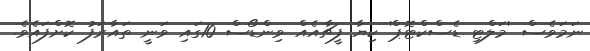
ނަމަވެސް 'މަލްޓި ޑެސްކްޓޮޕް' ކިޔާ ފީޗާއެއް ވިންޑޯސް 10ގައި ވަނީ ތައާރަފު ކޮށްފައެވެ.